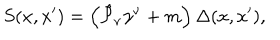
S ( x , x ^ { \prime } ) = \left( \hat { { \cal P } } _ { \nu } \gamma ^ { \nu } + m \right) \Delta ( x , x ^ { \prime } ) ,